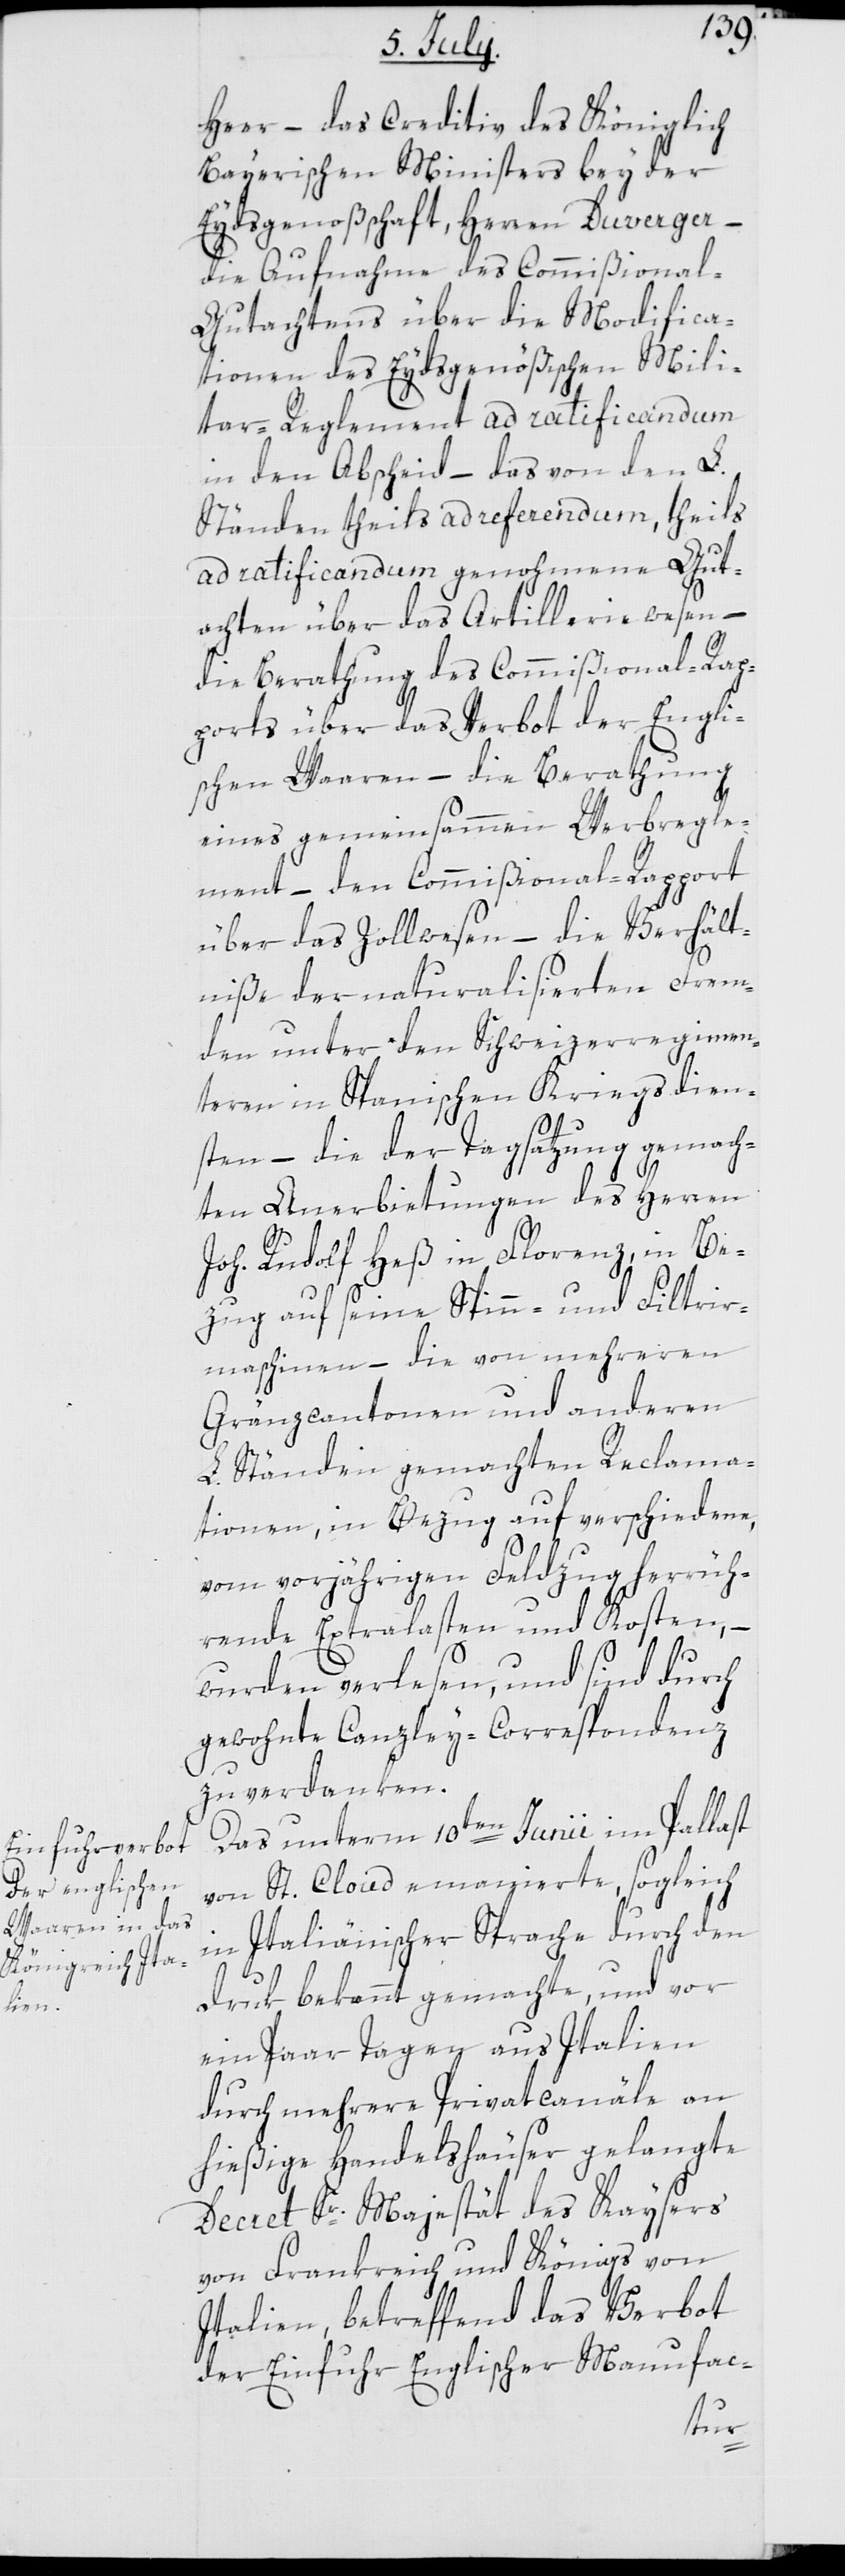
Heer – das Creditiv des Königlic¬
h-Bayerischen Ministers bey der
Eydsgenoßenschaft, Herren Duverger,
die Aufnahme des Commißional-G¬
utachtens über die Modifica¬
tionen des Eydsgenößischen Mili¬
tar-Reglement ad ratificandum
in den Abscheid, – das von den L.
Ständen theils ad referendum, theils
ad ratificandum genohmene Gut¬
achten über das Artilleriewesen, –
die Berathung des Commißional-Rap¬
ports über das Verbot der Engli¬
schen Waaren, – die Berathung
eines gemeinsammen Werbregle¬
ment, – den Commißional-Rapport
über das Zollwesen, – die Verhält¬
niße der naturalisierten Frem¬
den unter den Schweizerregimen¬
teren in Spanischen Kriegsdien¬
sten, – die der Tagsatzung gemach¬
ten Anerbietungen des Herren
Joh. Rudolf Heß in Florenz, in Be¬
zug auf seine Spinn- und Filtrir¬
maschinen – die von mehreren
Gränzcantonen und anderen
L. Ständen gemachten Reclama¬
tionen in Bezug auf verschiedene,
vom vorjährigen Feldzug herrüh¬
rende Extralasten und Kosten, –
wurden verlesen, und sind durch
gewohnte Canzley-Correspondenz
zu verdanken.
Das unterm 10ten Junii im Pallast
von St. Cloud emanierte, sogleich
in Italiänischer Sprache durch den
Druk bekannt gemachte, und vor
ein Paar Tagen aus Italien
durch mehrere Privatcanäle an
hießige Handelshäuser gelangte
Decret Sr. Majestät des Kaysers
von Frankreich und Königs von
Italien, betreffend das Verbot
der Einfuhr Englischer Manufac-